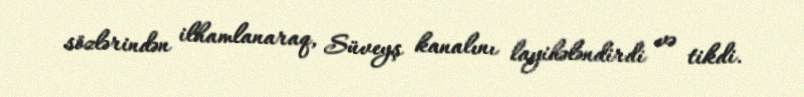
sözlərindən ilhamlanaraq, Süveyş kanalını layihələndirdi və tikdi.